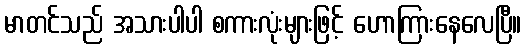
မာတင်သည် အသားပါပါ စကားလုံးများဖြင့် ဟောကြားနေလေပြီ။